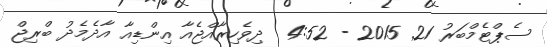
ސެޕްޓެމްބަރު 21